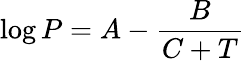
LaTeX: \log P=A-{\frac{B}{C+T}}